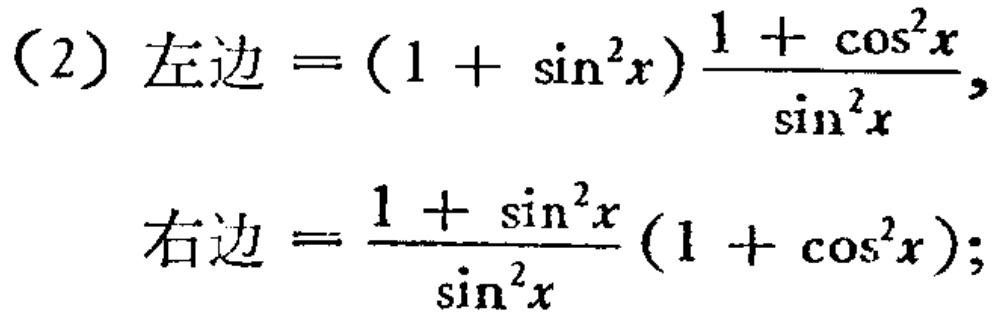
（2）左边\(=(1 + \sin^{2}x)\frac{1 + \cos^{2}x}{\sin^{2}x}\)，

右边\(=\frac{1 + \sin^{2}x}{\sin^{2}x}(1 + \cos^{2}x)\)；